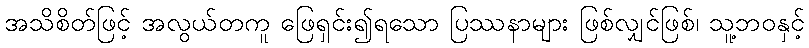
အသိစိတ်ဖြင့် အလွယ်တကူ ဖြေရှင်း၍ရသော ပြဿနာများ ဖြစ်လျှင်ဖြစ်၊ သူ့ဘဝနှင့်